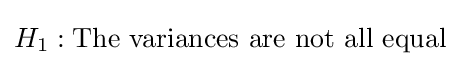
H_{1}:{\text{The variances are not all equal}}